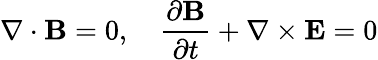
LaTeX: \nabla\cdot\mathbf{B}=0,\quad{\frac{\partial\mathbf{B}}{\partial t}}+\nabla\times\mathbf{E}=0